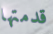
قدمتها